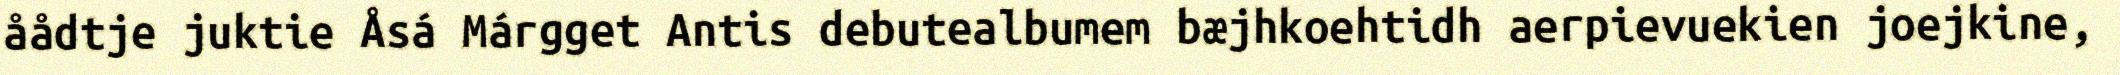
åådtje juktie Åsá Márgget Antis debutealbumem bæjhkoehtidh aerpievuekien joejkine,